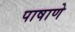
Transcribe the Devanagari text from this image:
पाषाणे